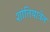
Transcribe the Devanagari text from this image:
शांतियात्रेत